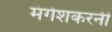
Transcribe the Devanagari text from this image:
मंगेशकरनी